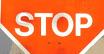
stop